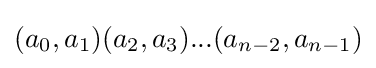
(a_{0},a_{1})(a_{2},a_{3})...(a_{n-2},a_{n-1})